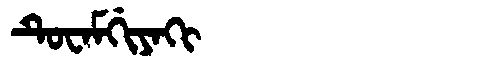
Manchu: ᡨᡠᠸᠠᠮᡤᡳᠶᠠᡴᡳ
Romanization: TUWAMGIYAKI